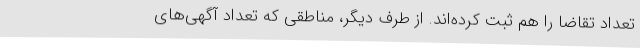
تعداد تقاضا را هم ثبت کرده‌اند. از طرف دیگر، مناطقی که تعداد آگهی‌های